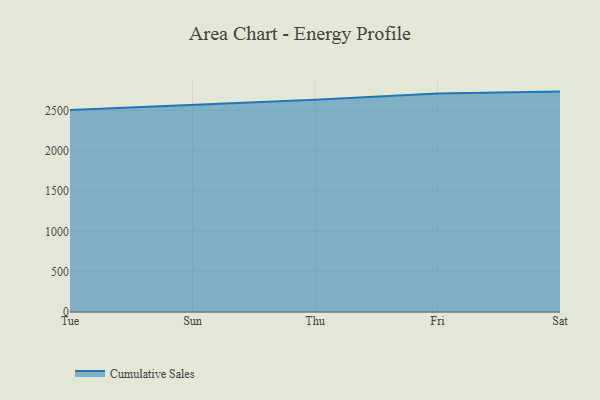
{"axis": {"x": "Day", "y": "Churn Rate (%)"}, "legend": ["Cumulative Sales"], "data": [{"x": "Tue", "y": 2504.2, "type": "Cumulative Sales"}, {"x": "Sun", "y": 2569.6, "type": "Cumulative Sales"}, {"x": "Thu", "y": 2630.5, "type": "Cumulative Sales"}, {"x": "Fri", "y": 2709.6, "type": "Cumulative Sales"}, {"x": "Sat", "y": 2732.3, "type": "Cumulative Sales"}]}